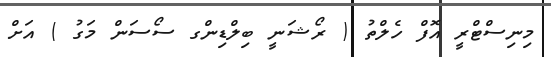
މިނިސްޓްރީ އޮފް ހެލްތު ( ރޯޝަނީ ބިލްޑިންގ ސޯސަން މަގު ) އަށް